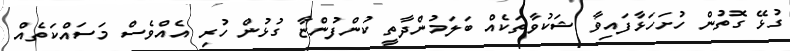
ގުޅޭ ގޮތުން ހުށަހަޅާފައިވާ ޝަކުވާތަކެއް ބަލަމުންދާތީ ކުންފުންޏާ ގުޅުން ހުރި އެއްވެސް މަސައްކަތެއް